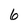
Character: 6